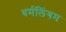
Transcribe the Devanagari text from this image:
धर्मलिंगम